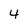
Character: 4